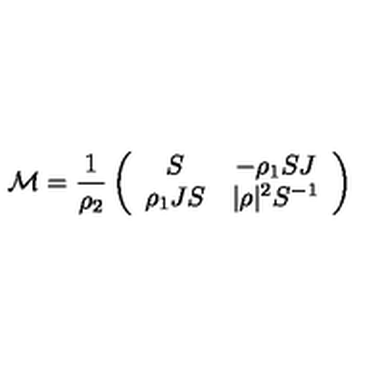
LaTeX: { \cal { M } } = \frac { 1 } { \rho _ { 2 } } \left( \begin{array} { c c } { S } & { - \rho _ { 1 } S J } \\ { \rho _ { 1 } J S } & { | \rho | ^ { 2 } S ^ { - 1 } } \\ \end{array} \right)